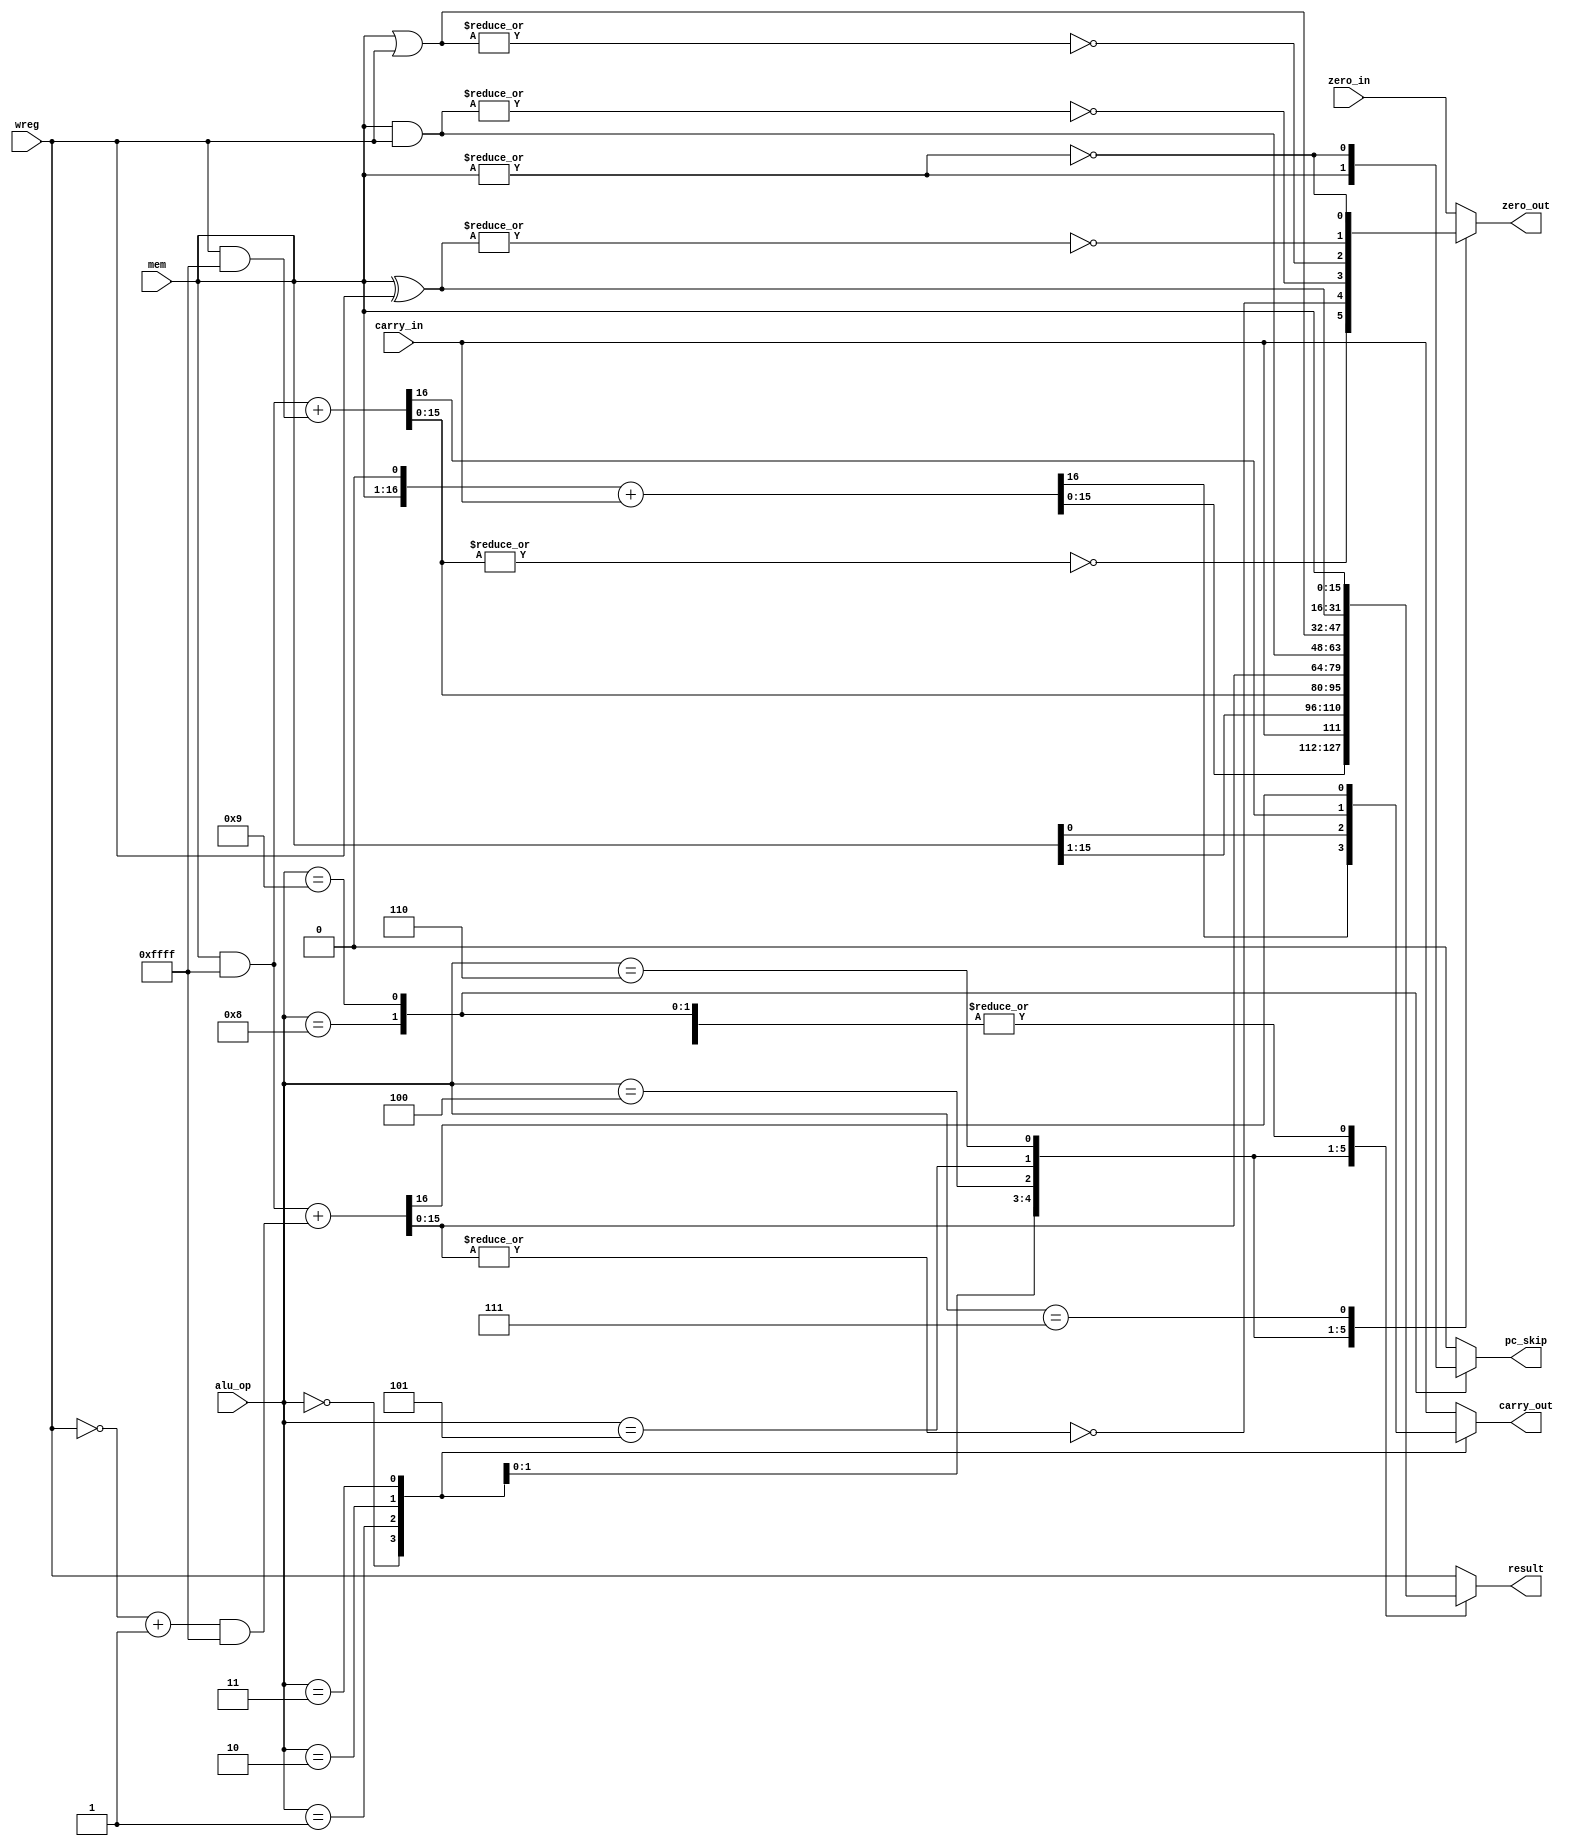
module alu(
	input signed[15:0] mem,
	input signed[15:0] wreg,
	input carry_in,
	input zero_in,
	input[3:0] alu_op,
	output reg signed[15:0] result,
	output reg carry_out,
	output reg zero_out,
	output reg pc_skip
);

initial
begin
	#0 carry_out = 1'b0;
	#0 zero_out = 1'b0;
	pc_skip = 1'b0;
	result = 16'bz;
end

always @(mem, wreg, alu_op, carry_in, zero_in)
begin
	// Default bit outputs
	// handle them as needed in cases.
	pc_skip = 1'b0;
	zero_out = zero_in;
	carry_out = carry_in;

	case (alu_op)
		// RotL
		4'h0 : {carry_out, result} = (mem << 1) + carry_in;

		// RotR
		4'h1 : begin
			result = {carry_in, mem} >> 1;
			carry_out = mem[0]; // has to go after so it doesn't change carry_in in tests
		end

		// Add
		4'h2 : begin
			{carry_out, result} = (mem & 17'h0ffff) + (wreg & 17'h0ffff); // don't sign extend operands to 17 bits.
			zero_out = ~|result;
		end

		// Sub
		4'h3 : begin
			{carry_out, result} = (mem & 17'h0ffff) + ((~wreg + 1) & 17'h0ffff); // Don't sign extend the operands to 17 bits. verified correct for unsigned.
			//result = mem - wreg;
			//carry_out = (wreg > mem) ? 1'b0 : 1'b1;
			zero_out = ~|result;
		end

		// And
		4'h4 : begin
			result = mem & wreg;
			zero_out = ~|result;
		end

		// Or
		4'h5 : begin
			result = mem | wreg;
			zero_out = ~|result;
		end

		// Xor
		4'h6 : begin
			result = mem ^ wreg;
			zero_out = ~|result;
		end

		// ZeroTest - sets zero_out if mem value is zero
		4'h7 : begin
			result = mem; // passthrough
			zero_out = ~|result;
		end

		// PCZero - Set PC_Skip if mem is nonzero 
		4'h8 : begin
			result = mem; // passthrough
			pc_skip = |result;
		end

		// PCZerobar - Set PC_Skip if mem is zero
		4'h9 : begin
			result = mem; // passthrough
			pc_skip = ~|result;
		end

		// Nop
		default : {carry_out, result} = {carry_in, wreg};
	endcase
end

endmodule